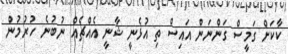
ކާކަށް ގަމީސް ގަންނަން އައިސް ތި އުޅެނީ ޝާނީ އެއްޗެއް ނުބުނެ ހުރުމުން